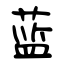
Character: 蓝